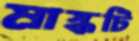
মাস্কটি